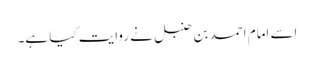
اسے امام احمد بن حنبل نے روایت کیا ہے۔